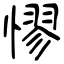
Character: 憀